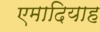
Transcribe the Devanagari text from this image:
एमादियाह